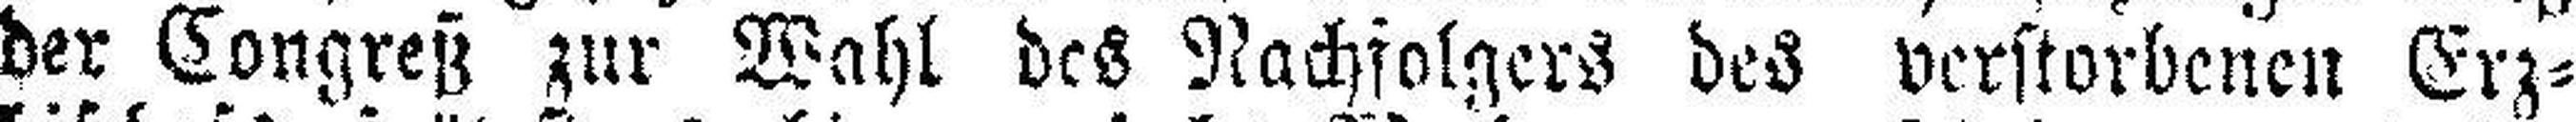
der Congreß zur Wahl des Nachfolgers des verstorbenen Erz¬